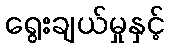
ရွေးချယ်မှုနှင့်